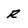
Character: r